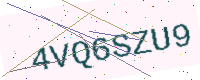
Text: 4VQ6SZU9